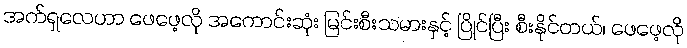
အက်ရှလေဟာ ဖေဖေ့လို အကောင်းဆုံး မြင်းစီးသမားနှင့် ပြိုင်ပြီး စီးနိုင်တယ်၊ ဖေဖေ့လို